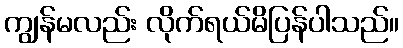
ကျွန်မလည်း လိုက်ရယ်မိပြန်ပါသည်။